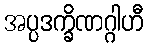
အပ္ပဒက္ခိဏဂ္ဂါဟီ